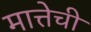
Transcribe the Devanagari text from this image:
मात्तेची